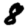
Digit: 8